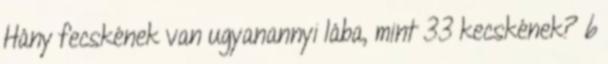
Hány fecskének van ugyanannyi lába, mint 33 kecskének? 6